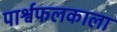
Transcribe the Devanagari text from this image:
पार्श्वफलकाला